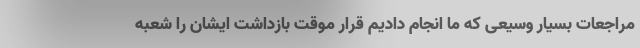
مراجعات بسیار وسیعی که ما انجام دادیم قرار موقت بازداشت ایشان را شعبه